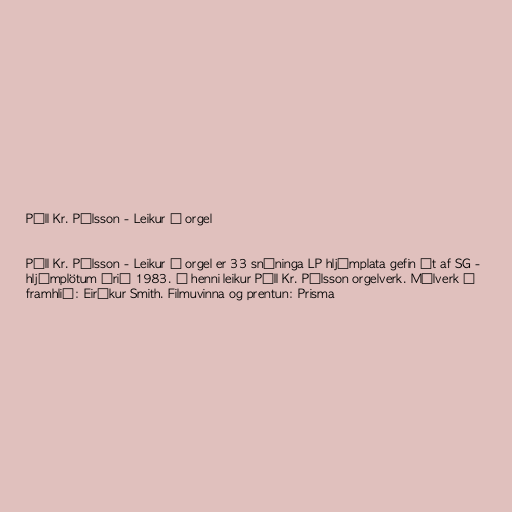
Páll Kr. Pálsson - Leikur á orgel

Páll Kr. Pálsson - Leikur á orgel er 33 snúninga LP hljómplata gefin út af SG -
hljómplötum árið 1983. Á henni leikur Páll Kr. Pálsson orgelverk. Málverk á
framhlið: Eiríkur Smith. Filmuvinna og prentun: Prisma